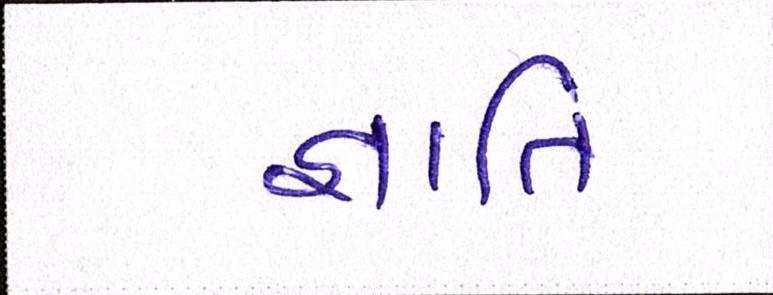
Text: જ્ઞાાતિ